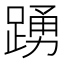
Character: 踴